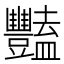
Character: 豔